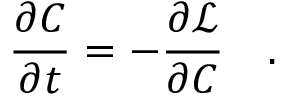
\frac { \partial C } { \partial t } = - \frac { \partial \mathscr { L } } { \partial C } \quad .